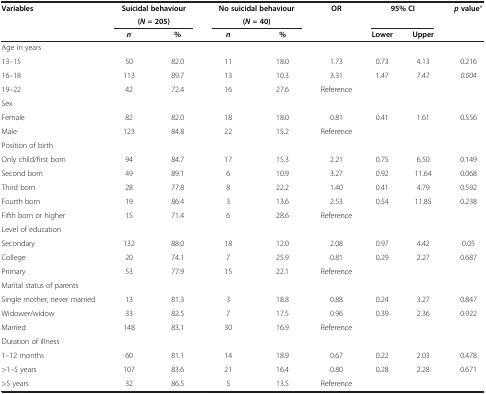
<table><thead><tr><td><b>Variables</b></td><td colspan="2"><b>Suicidal behaviour</b></td><td colspan="2"><b>No suicidal behaviour</b></td><td><b>OR</b></td><td colspan="2"><b>95% CI</b></td><td><b><i>p </i>value*</b></td></tr><tr><td><b> </b></td><td colspan="2"><b>(<i>N </i>= 205)</b></td><td colspan="2"><b>(<i>N </i>= 40)</b></td><td><b> </b></td><td><b> </b></td><td><b> </b></td><td><b> </b></td></tr><tr><td><b> </b></td><td><b><i>n</i></b></td><td><b>%</b></td><td><b><i>n</i></b></td><td><b>%</b></td><td><b> </b></td><td><b>Lower</b></td><td><b>Upper</b></td><td><b> </b></td></tr></thead><tbody><tr><td>Age in years</td><td> </td><td> </td><td> </td><td> </td><td> </td><td> </td><td> </td><td> </td></tr><tr><td>13–15</td><td>50</td><td>82.0</td><td>11</td><td>18.0</td><td>1.73</td><td>0.73</td><td>4.13</td><td>0.216</td></tr><tr><td>16–18</td><td>113</td><td>89.7</td><td>13</td><td>10.3</td><td>3.31</td><td>1.47</td><td>7.47</td><td><i>0.004</i></td></tr><tr><td>19–22</td><td>42</td><td>72.4</td><td>16</td><td>27.6</td><td>Reference</td><td> </td><td> </td><td> </td></tr><tr><td>Sex</td><td> </td><td> </td><td> </td><td> </td><td> </td><td> </td><td> </td><td> </td></tr><tr><td>Female</td><td>82</td><td>82.0</td><td>18</td><td>18.0</td><td>0.81</td><td>0.41</td><td>1.61</td><td>0.556</td></tr><tr><td>Male</td><td>123</td><td>84.8</td><td>22</td><td>15.2</td><td>Reference</td><td> </td><td> </td><td> </td></tr><tr><td>Position of birth</td><td> </td><td> </td><td> </td><td> </td><td> </td><td> </td><td> </td><td> </td></tr><tr><td>Only child/first born</td><td>94</td><td>84.7</td><td>17</td><td>15.3</td><td>2.21</td><td>0.75</td><td>6.50</td><td>0.149</td></tr><tr><td>Second born</td><td>49</td><td>89.1</td><td>6</td><td>10.9</td><td>3.27</td><td>0.92</td><td>11.64</td><td>0.068</td></tr><tr><td>Third born</td><td>28</td><td>77.8</td><td>8</td><td>22.2</td><td>1.40</td><td>0.41</td><td>4.79</td><td>0.592</td></tr><tr><td>Fourth born</td><td>19</td><td>86.4</td><td>3</td><td>13.6</td><td>2.53</td><td>0.54</td><td>11.85</td><td>0.238</td></tr><tr><td>Fifth born or higher</td><td>15</td><td>71.4</td><td>6</td><td>28.6</td><td>Reference</td><td> </td><td> </td><td> </td></tr><tr><td>Level of education</td><td> </td><td> </td><td> </td><td> </td><td> </td><td> </td><td> </td><td> </td></tr><tr><td>Secondary</td><td>132</td><td>88.0</td><td>18</td><td>12.0</td><td>2.08</td><td>0.97</td><td>4.42</td><td>0.05</td></tr><tr><td>College</td><td>20</td><td>74.1</td><td>7</td><td>25.9</td><td>0.81</td><td>0.29</td><td>2.27</td><td>0.687</td></tr><tr><td>Primary</td><td>53</td><td>77.9</td><td>15</td><td>22.1</td><td>Reference</td><td> </td><td> </td><td> </td></tr><tr><td>Marital status of parents</td><td> </td><td> </td><td> </td><td> </td><td> </td><td> </td><td> </td><td> </td></tr><tr><td>Single mother, never married</td><td>13</td><td>81.3</td><td>3</td><td>18.8</td><td>0.88</td><td>0.24</td><td>3.27</td><td>0.847</td></tr><tr><td>Widower/widow</td><td>33</td><td>82.5</td><td>7</td><td>17.5</td><td>0.96</td><td>0.39</td><td>2.36</td><td>0.922</td></tr><tr><td>Married</td><td>148</td><td>83.1</td><td>30</td><td>16.9</td><td>Reference</td><td> </td><td> </td><td> </td></tr><tr><td>Duration of illness</td><td> </td><td> </td><td> </td><td> </td><td> </td><td> </td><td> </td><td> </td></tr><tr><td>1–12 months</td><td>60</td><td>81.1</td><td>14</td><td>18.9</td><td>0.67</td><td>0.22</td><td>2.03</td><td>0.478</td></tr><tr><td>&gt;1–5 years</td><td>107</td><td>83.6</td><td>21</td><td>16.4</td><td>0.80</td><td>0.28</td><td>2.28</td><td>0.671</td></tr><tr><td>&gt;5 years</td><td>32</td><td>86.5</td><td>5</td><td>13.5</td><td>Reference</td><td> </td><td> </td><td> </td></tr></tbody></table>